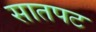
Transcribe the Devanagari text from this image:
सातपट